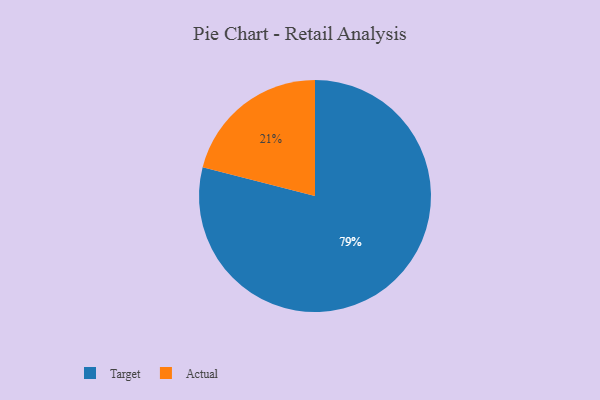
{"axis": {"x": "Category", "y": "Percentage"}, "legend": ["Actual", "Target"], "data": [{"x": "Target", "y": 79, "type": "Target"}, {"x": "Actual", "y": 21, "type": "Actual"}]}